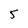
Character: 5